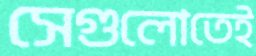
সেগুলোতেই